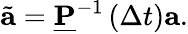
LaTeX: \tilde{\mathbf{a}}=\underline{{\mathbf{P}}}^{-1}\left(\Delta t\right)\mathbf{a}.